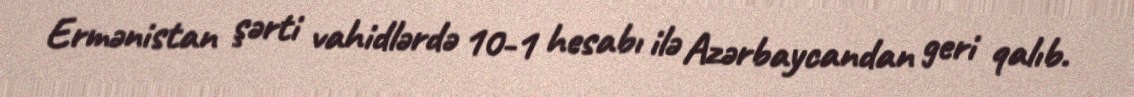
Ermənistan şərti vahidlərdə 10-1 hesabı ilə Azərbaycandan geri qalıb.